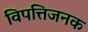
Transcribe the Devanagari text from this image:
विपत्तिजनक